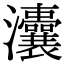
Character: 灢